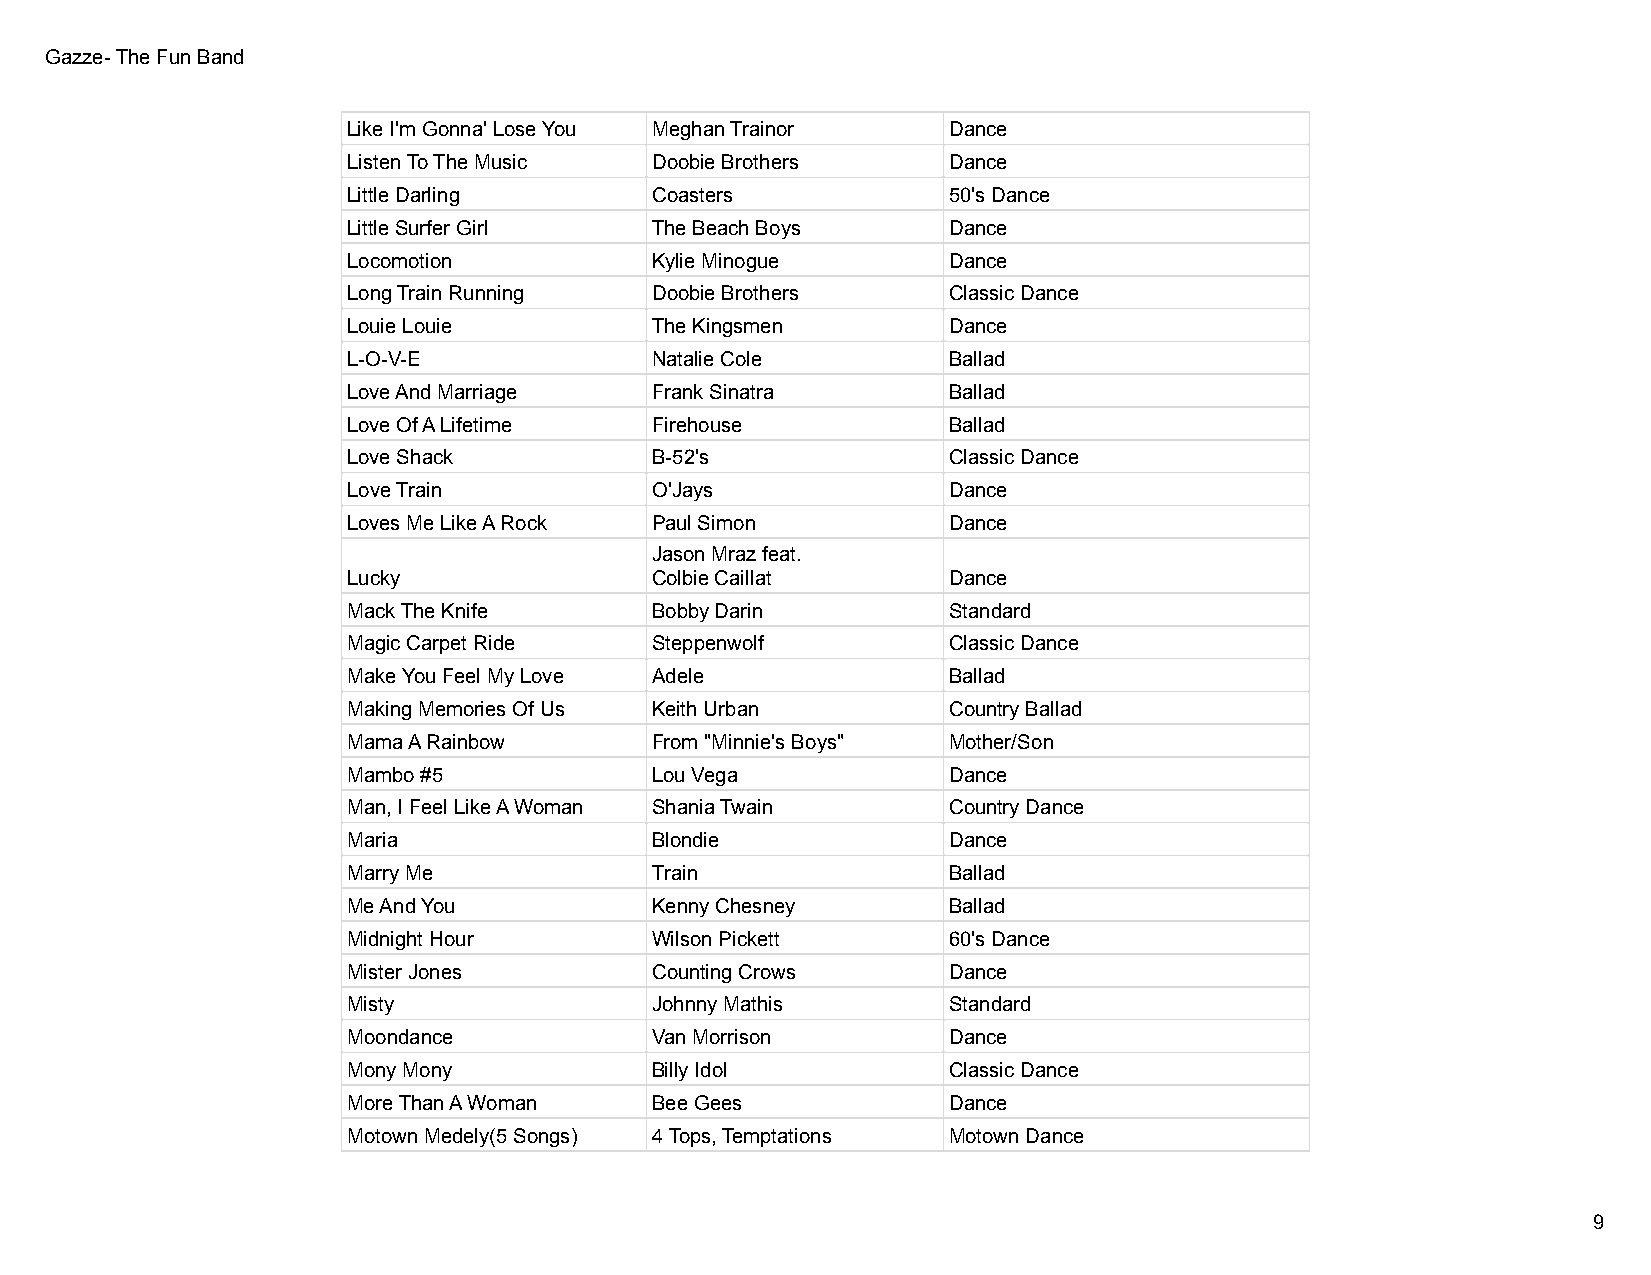
Gazze- The Fun Band
 Like I'm Gonna' Lose You Meghan Trainor Dance
 Listen To The Music Doobie Brothers     Dance
 Little Darling      Coasters            50's Dance
 Little Surfer Girl  The Beach Boys      Dance
 Locomotion          Kylie Minogue       Dance
 Long Train Running  Doobie Brothers     Classic Dance
 Louie Louie         The Kingsmen        Dance
 L-O-V-E             Natalie Cole        Ballad
 Love And Marriage   Frank Sinatra       Ballad
 Love Of A Lifetime  Firehouse           Ballad
 Love Shack          B-52's              Classic Dance
 Love Train          O'Jays              Dance
 Loves Me Like A Rock Paul Simon         Dance
 Jason Mraz feat.
 Lucky               Colbie Caillat      Dance
 Mack The Knife      Bobby Darin         Standard
 Magic Carpet Ride   Steppenwolf         Classic Dance
 Make You Feel My Love Adele             Ballad
 Making Memories Of Us Keith Urban       Country Ballad
 Mama A Rainbow      From "Minnie's Boys" Mother/Son
 Mambo #5            Lou Vega            Dance
 Man, I Feel Like A Woman Shania Twain   Country Dance
 Maria               Blondie             Dance
 Marry Me            Train               Ballad
 Me And You          Kenny Chesney       Ballad
 Midnight Hour       Wilson Pickett      60's Dance
 Mister Jones        Counting Crows      Dance
 Misty               Johnny Mathis       Standard
 Moondance           Van Morrison        Dance
 Mony Mony           Billy Idol          Classic Dance
 More Than A Woman   Bee Gees            Dance
 Motown Medely(5 Songs) 4 Tops, Temptations Motown Dance
 9